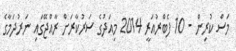
މަސް ކުރިން - 10 ފެބްރުއަރީ 2014 މިއަދުގެ ސަރުކާރަށް ރާއްޖޭގައި ނަރުދަމާގެ